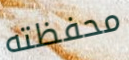
محفظته